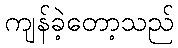
ကျန်ခဲ့တော့သည်